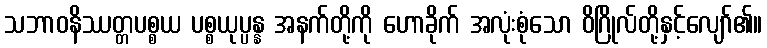
သဘာဝနိဿတ္တပစ္စယ ပစ္စယုပ္ပန္န အနက်တို့ကို ဟောခိုက် အလုံးစုံသော ဝိဂြိုလ်တို့နှင့်လျော်၏။